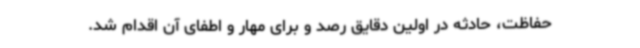
حفاظت، حادثه در اولین دقایق رصد و برای مهار و اطفای آن اقدام شد.